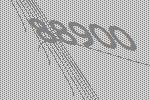
88900